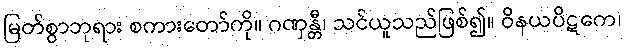
မြတ်စွာဘုရား စကားတော်ကို။ ဂဏှန္တီ၊ သင်ယူသည်ဖြစ်၍။ ဝိနယပိဋကေ၊